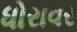
ધોરાવર